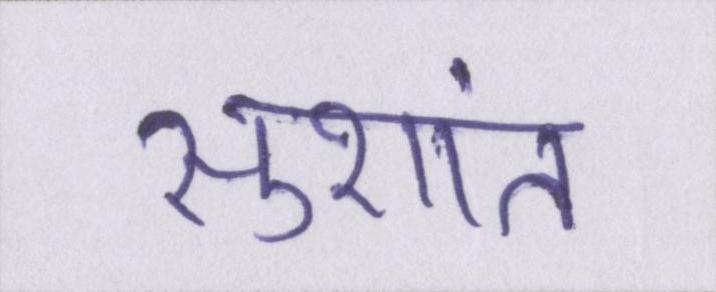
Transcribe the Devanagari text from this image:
सुशांत